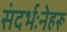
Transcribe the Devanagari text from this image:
संदर्भःनेहरू